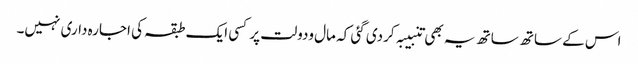
اس کے ساتھ ساتھ یہ بھی تنبیبہ کردی گئی کہ مال ودولت پر کسی ایک طبقہ کی اجارہ داری نہیں۔